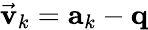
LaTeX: \vec{\mathbf v}_{k}={\mathbf a}_{k}-{\mathbf q}